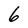
Character: 6